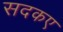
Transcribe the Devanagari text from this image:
सदकए